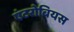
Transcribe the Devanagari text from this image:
एंटरोबियस